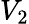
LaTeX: V_{2}